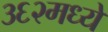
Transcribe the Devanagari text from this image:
३६२मध्ये